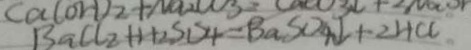
B a C l _ { 2 } + H _ { 2 } S D _ { 4 } = B a S O _ { 4 } \downarrow + 2 H C C